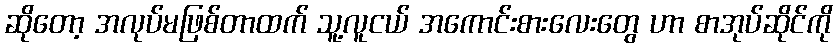
ဆိုတော့ အလုပ်မဖြစ်တာထက် သူ့လူငယ် အကောင်းစားလေးတွေ ဟာ စာအုပ်ဆိုင်ကို